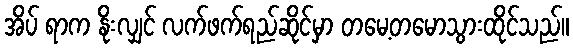
အိပ် ရာက နိုးလျှင် လက်ဖက်ရည်ဆိုင်မှာ တမေ့တမောသွားထိုင်သည်။